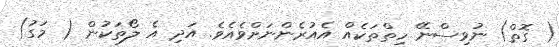
( ގޮތް) ނުވިސްނޭ ހިތްތަކެއް އެއުރެންނަށްވެއެވެ. އަދި އެ ލޯތަކުން ( މަގު)